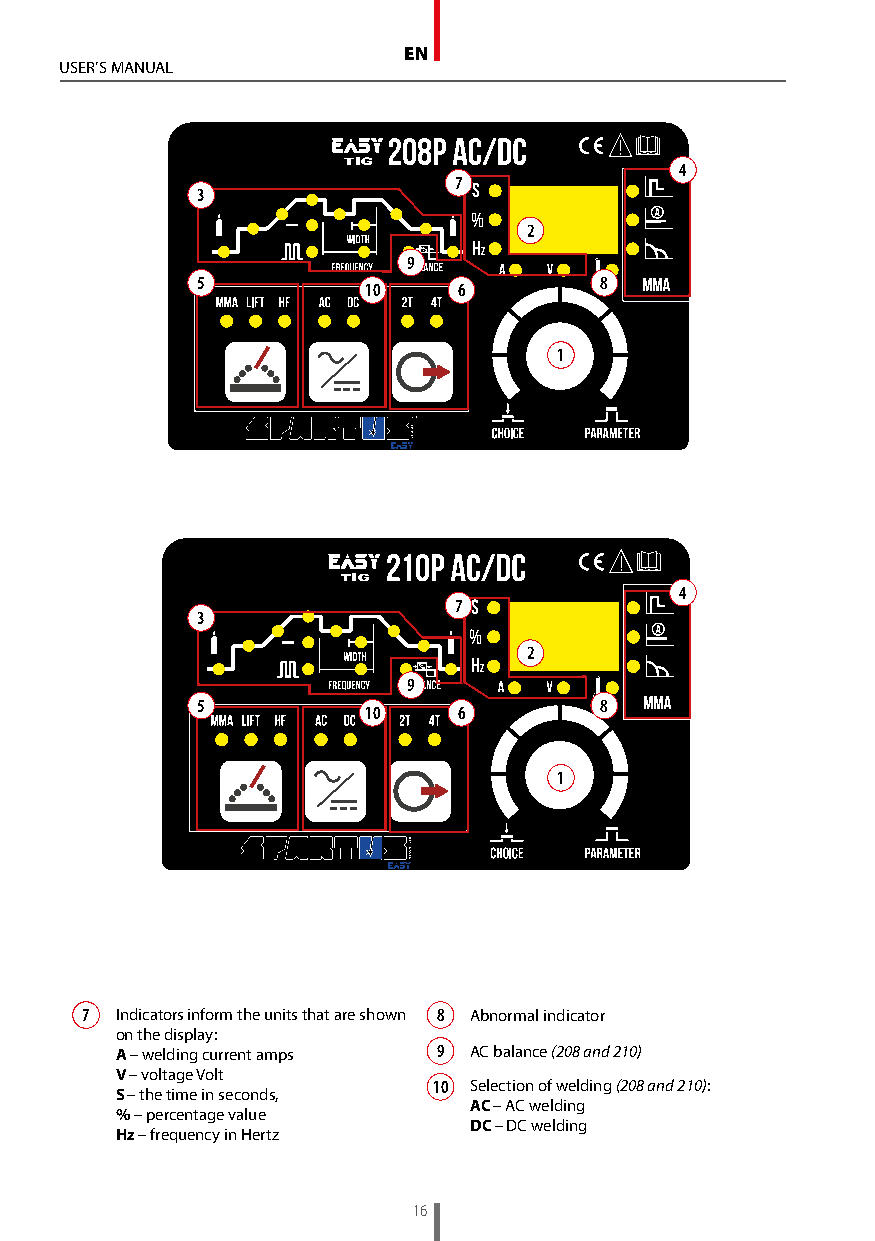
EN
 USER’S MANUAL
 4
 7 s
 3
 %
 2
 h
 z
 9
 5                          8       BLUE KNOB
 10    6
 1
 BLACK
 4
 7 s
 3
 %
 2
 h
 z
 9
 BLUE KNOB
 5                          8
 10    6
 1
 BLACK
 7  Indicators inform the units that are shown 8 Abnormal indicator
 on the display:
 A – welding current amps 9 AC balance (208 and 210)
 V – voltage Volt
 10 Selection of welding (208 and 210):
 S – the time in seconds,
 AC – AC welding
 % – percentage value
 DC – DC welding
 Hz – frequency in Hertz
 16